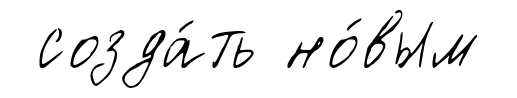
созда́ть но́вым